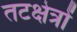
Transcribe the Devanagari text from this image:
तटक्षेत्रों